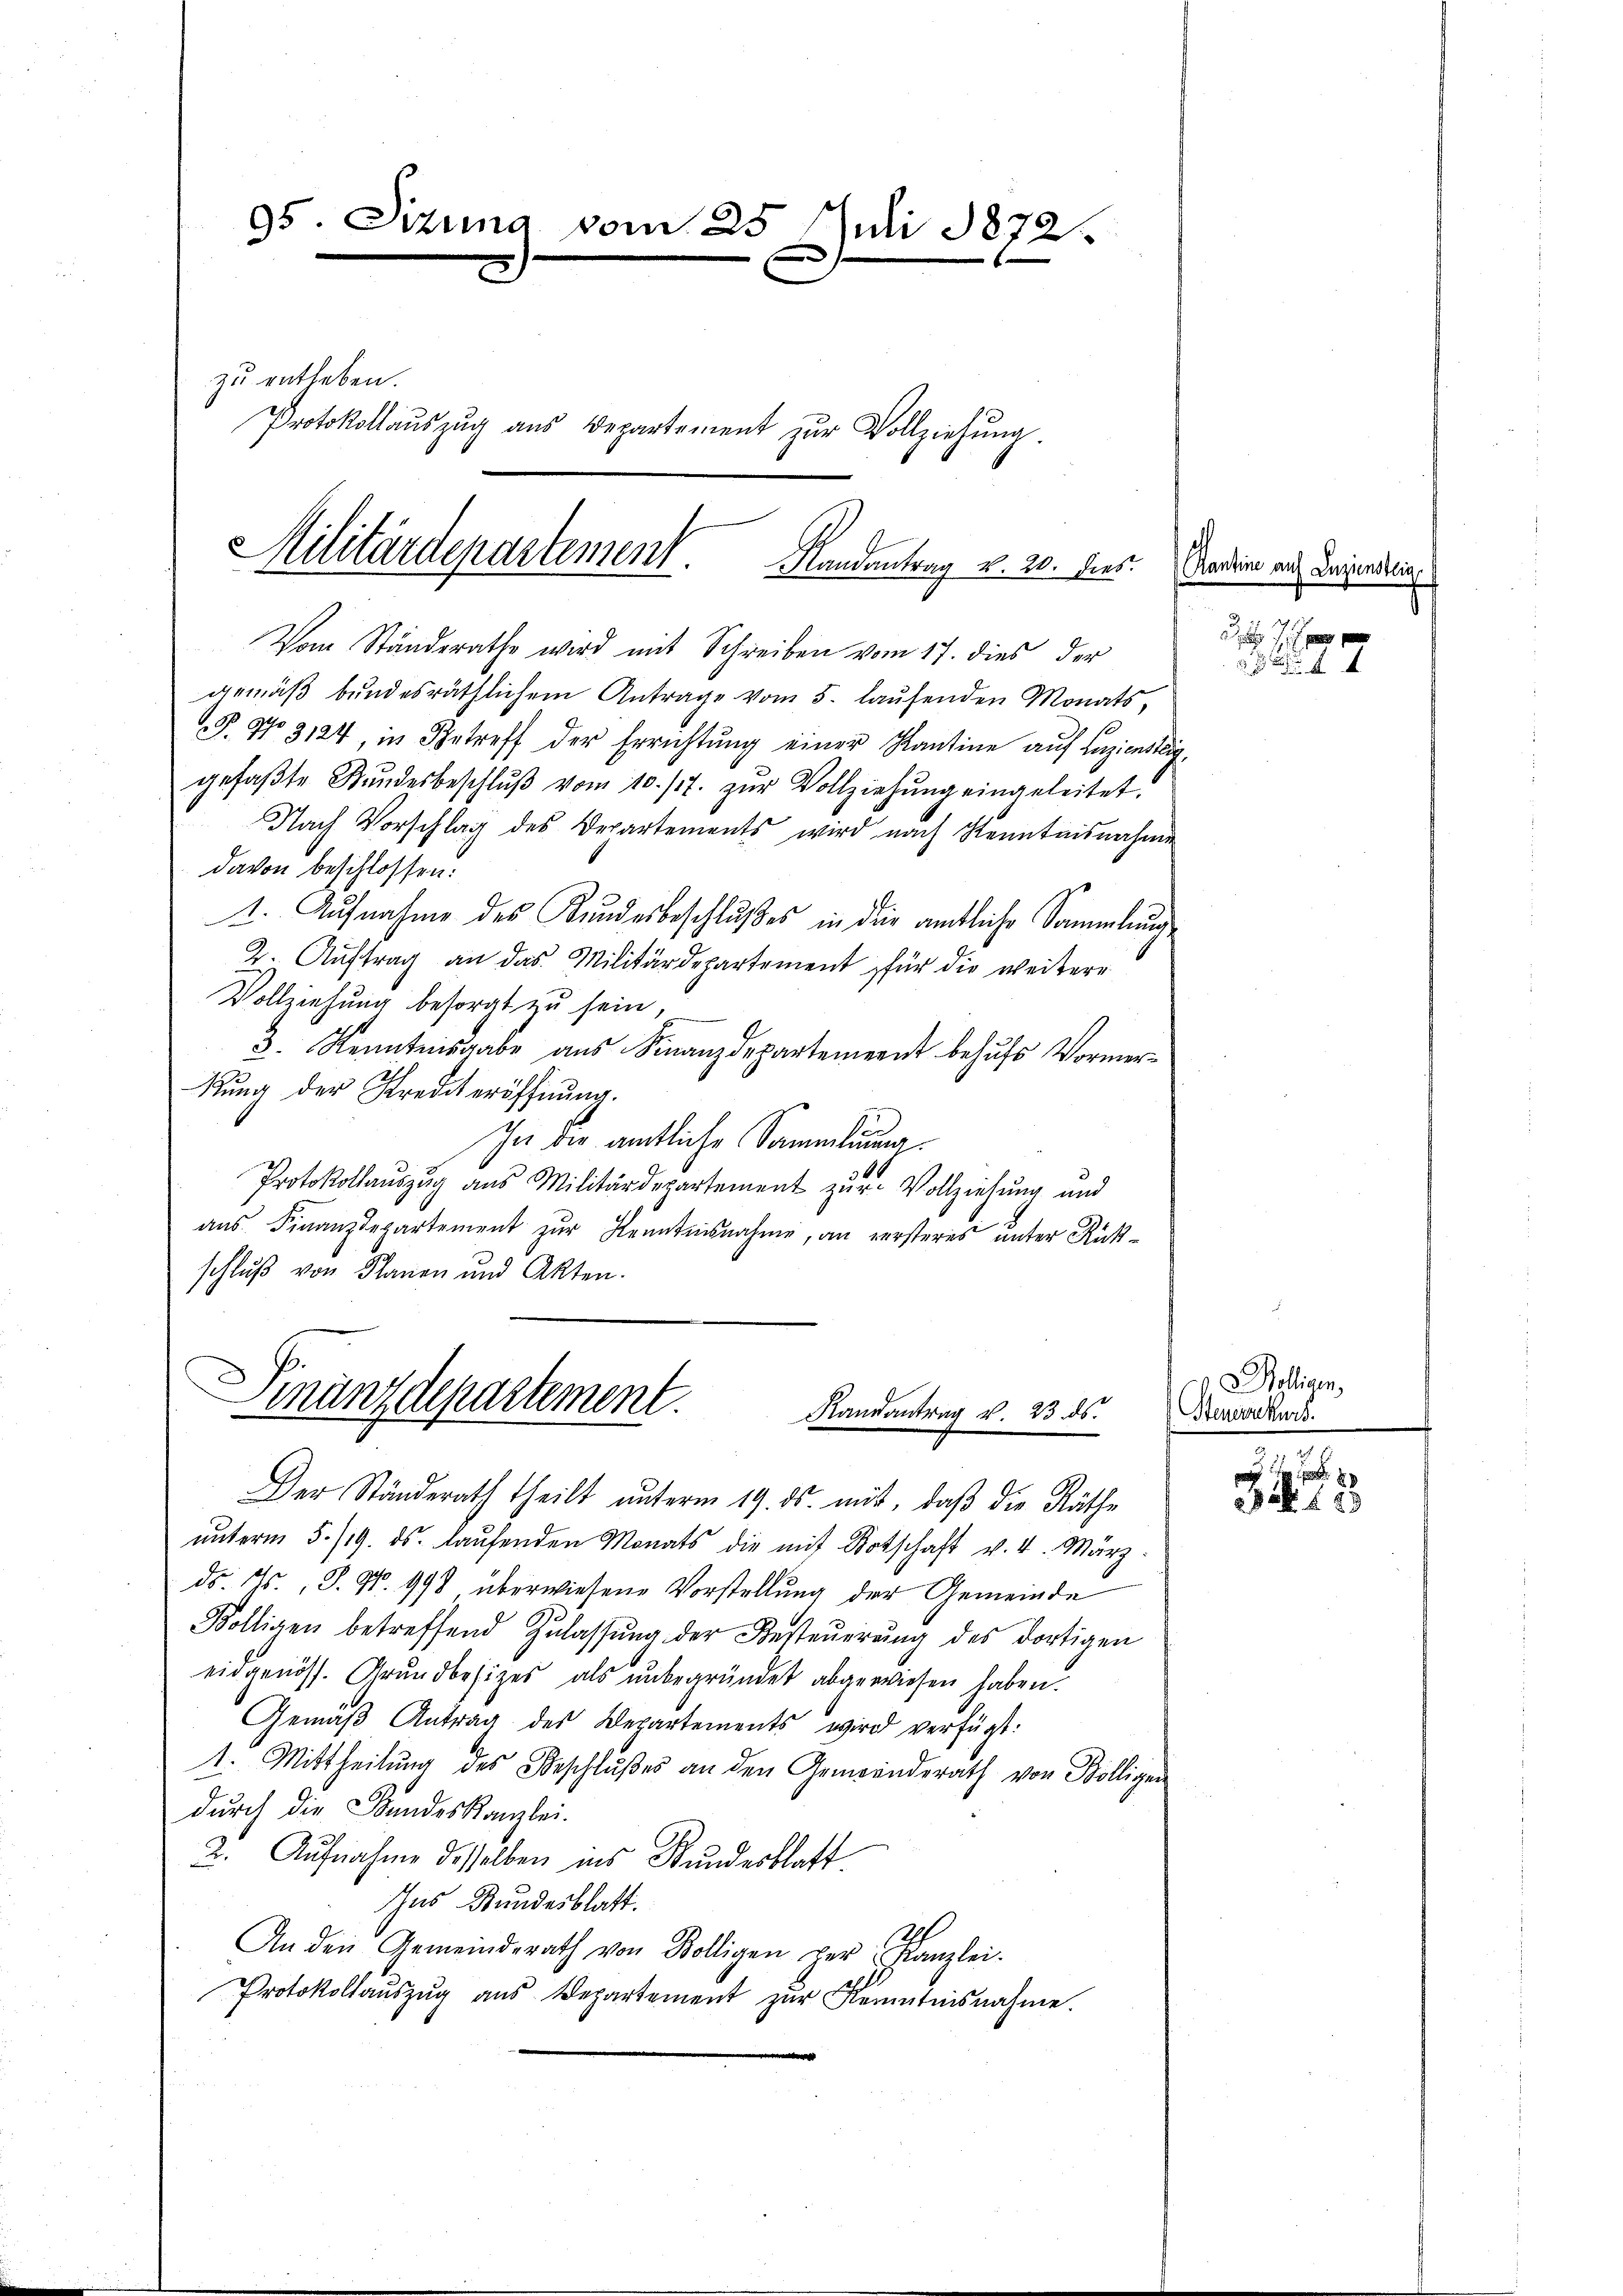
95. Dizuna vom 25.
Juli 1872.

zu entleben.
Protokollaŭszŭg aŭs Departement zŭr Vollziehŭng

Militärdepartement. Handantrag v. 20. dies

Vom Ständerathe wird mit Schreiben vom 17. dies der
gemäβ bŭndesräthlichem Antrage vom 5. laŭfenden Monats,
P. No 3124, in Betreff der Errichtŭng einer Kantine auf Liziensteig,
gefaβte Bŭndesbeschlŭβ vom 10. /7. zŭr Vollziehŭng eingeleitet.
Nach Vorschlag des Departements wird nach Kenntnisnahme
davon beschlossen:
1. Aufnahme des Kundesbeschlußes in der amtliche Sammlung
2. Auftrag an das Militärdepartement für die weitere
Vollziehung besorgt zu sein,
3. Kenntesgabe aŭs Finanzdepartement behŭfs Vormerkŭng der Krediteröffnŭng.
In die amtliche Sammlung.
6
Protokollauszug aus Militärdepartement zur Vollziehung und
aŭs Finanzdepartement zur Kenntnisnahme, an versteres unter Rückschlŭβ von Planen und Akten.

Finanzdepartement.
Randantrag v. 23. ds.
Der Ständerath theilt unterm 19. ds. mit, daβ die Räthe

ŭnterm 5./19. ds. laŭfenden Monats die mit Totschaft v. 4. März.
do. 1., S. Nr. 998 überwiesene Vorstellung der Gemeinde
Kölligen betreffend Zŭlassŭng der Besteŭerŭng des dortigen
eidgenöss. Grundbesizes als ŭnbegründet abgewiesen haben.
Gemäβ Antrag des Departements wird verfügt:
1. Mittheilŭng des Beschlŭβes an den Gemeinderath von Kölligen
durch die Bundeskanzlei-
2. Aŭfnahme desselben ins Kundesblatt
Ihns Stundesblatt.
An den Gemeinderath von Kölligen per Kanzlei.
Protokollaŭszŭg aŭs Departement zŭr Kenntnisnahme.

Kantine auf Zuziensteig

Bolligen,
Steuernkurs.
u

. 2.
25